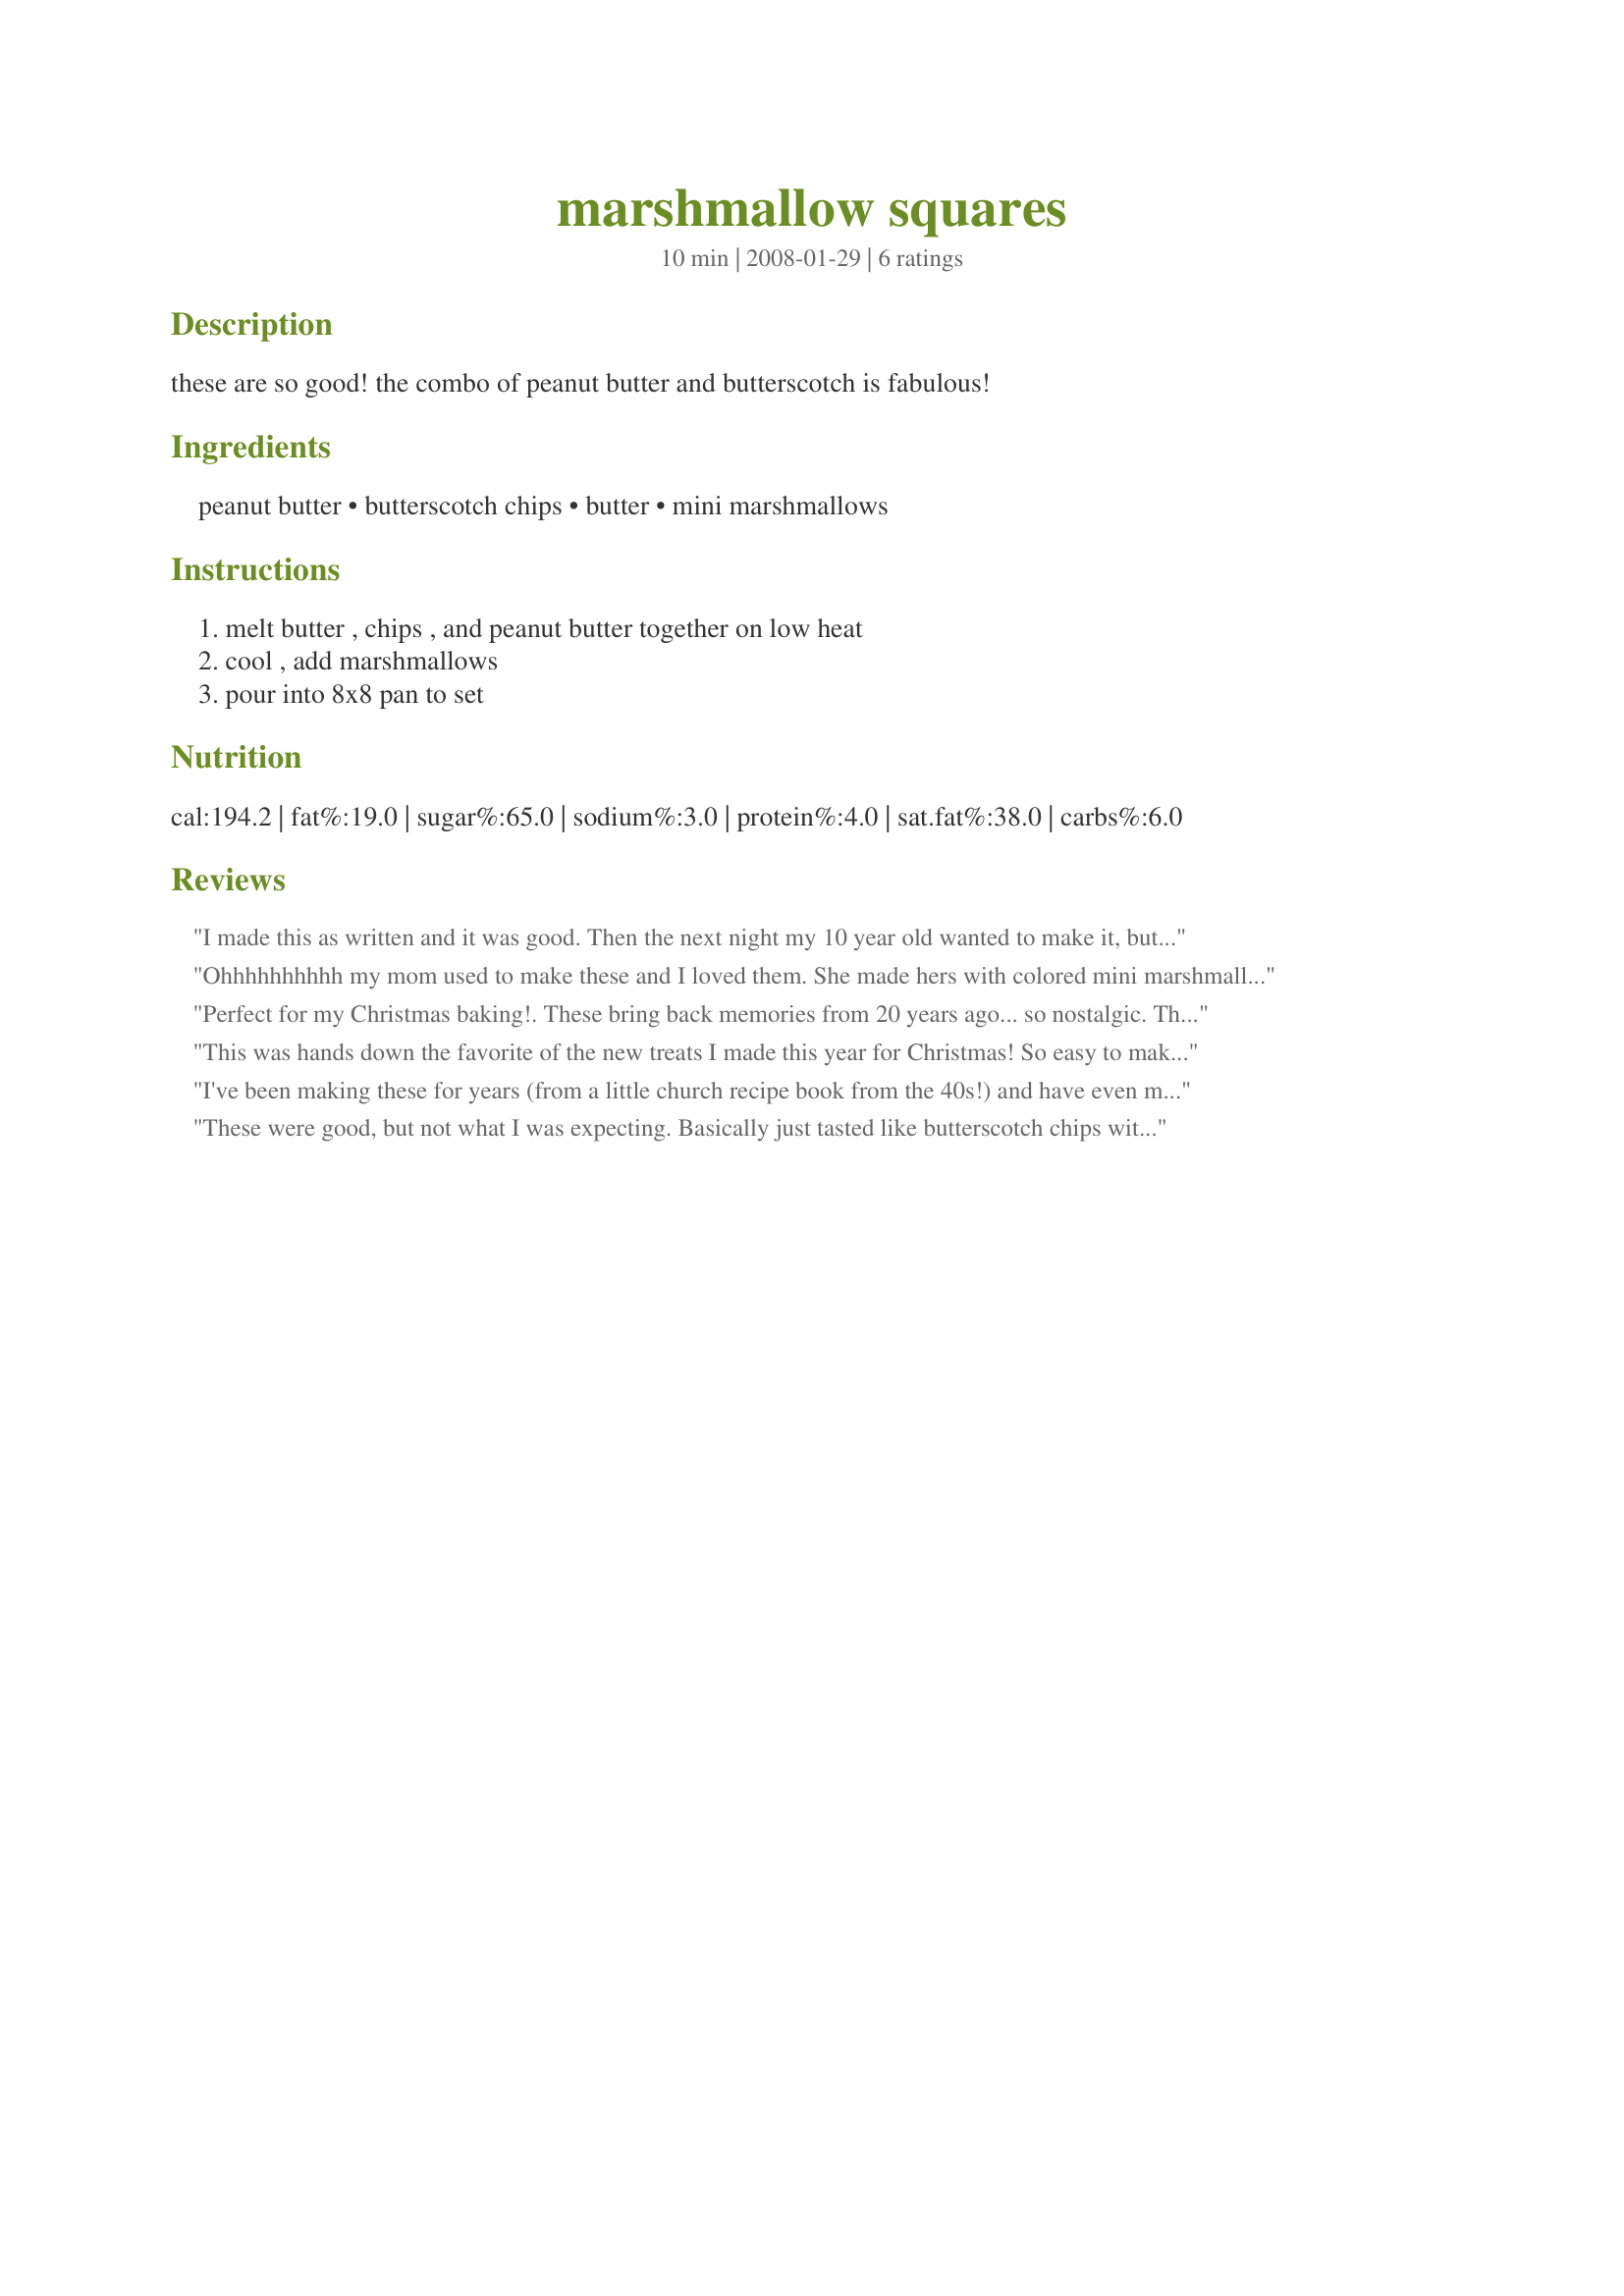
marshmallow squares
Preparation time: 10 minutes

these are so good! the combo of peanut butter and butterscotch is fabulous!

Ingredients:
peanut butter, butterscotch chips, butter, mini marshmallows

Steps:
melt butter , chips , and peanut butter together on low heat, cool , add marshmallows, pour into 8x8 pan to set

Reviews:
I made this as written and it was good. Then the next night my 10 year old wanted to make it, but I was out of butterscotch chips so he subbed milk chocolate chips and added some chunks of chocolate with the marshmallows. This was very good too. Either way, it was a winner with my family. Thanks for the recipe.
Ohhhhhhhhhh my mom used to make these and I loved them. She made hers with colored mini marshmallows. I will be making these immediately. Thank you!!!!

I made these this morning, I had to buy marshmallows last night. I used colored just because its what mom used to use. My husband has ate most of the pan by himself and what he hasnt the kids have. There are two pieces left and I had one little piece. I ahve this filed and will be making again and again. Thank you for posting.
Perfect for my Christmas baking!.
These bring back memories from 20 years ago... so nostalgic.
Thank you for a super simple favorite!
This was hands down the favorite of the new treats I made this year for Christmas! So easy to make and simply fantastic!These are a must to be made again. Thanks for sharing.
I've been making these for years (from a little church recipe book from the 40s!) and have even made them while camping! I have to make two or three batches of these every Thanksgiving and then again at Christmas or my family rebels.
These were good, but not what I was expecting. Basically just tasted like butterscotch chips with marshmallows. Very easy though. I didn't like this enough to make it again.
